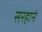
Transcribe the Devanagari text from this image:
सरहाने